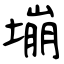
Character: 塴